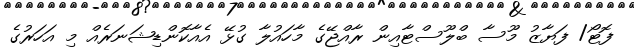
ފޮޓޯ/ ފަޔާޒު މޫސާ ބްލޫސްޓާއިން ރާއްޖޭގެ މާހައުލާ ގުޅޭ އެއާކޮންޑިޝަނަރެއް މި އަހަރުގެ